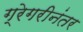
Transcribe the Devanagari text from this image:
ग्रेगरीनंतर